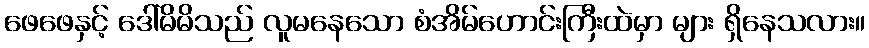
ဖေဖေနှင့် ဒေါ်မိမိသည် လူမနေသော စံအိမ်ဟောင်းကြီးထဲမှာ များ ရှိနေသလား။